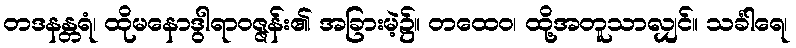
တဒနန္တရံ၊ ထိုမနောဒွါရာဝဇ္ဇန်း၏ အခြားမဲ့၌။ တထေဝ၊ ထို့အတူသာလျှင်။ သင်္ခါရေ၊